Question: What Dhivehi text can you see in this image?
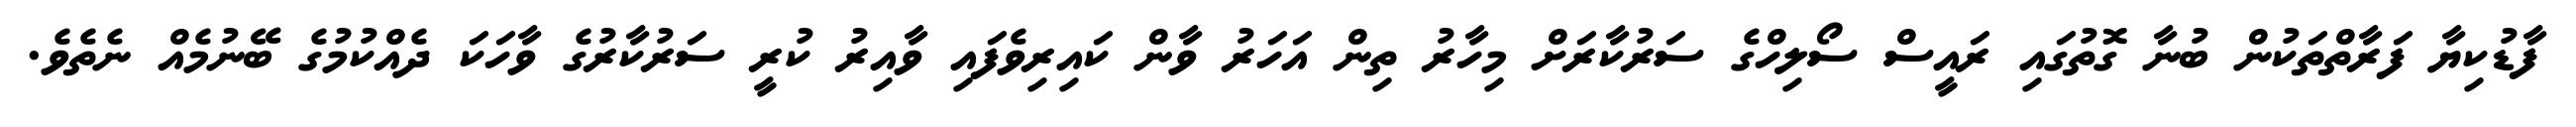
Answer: ފާޑުކިޔާ ފަރާތްތަކުން ބުނާ ގޮތުގައި ރައީސް ސޯލިހްގެ ސަރުކާރަށް މިހާރު ތިން އަހަރު ވާން ކައިރިވެފައި ވާއިރު ކުރީ ސަރުކާރުގެ ވާހަކަ ދެއްކުމުގެ ބޭނުމެއް ނެތެވެ.